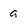
Character: a